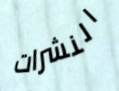
النشرات